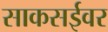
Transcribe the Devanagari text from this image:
साकसईवर